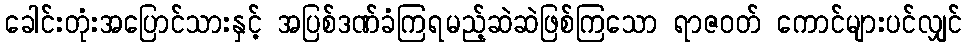
ခေါင်းတုံးအပြောင်သားနှင့် အပြစ်ဒဏ်ခံကြရမည့်ဆဲဆဲဖြစ်ကြသော ရာဇဝတ် ကောင်များပင်လျှင်